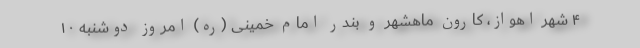
۴ شهر اهواز، کارون ماهشهر و بندر امام خمینی (ره) امروز دوشنبه ۱۰